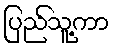
ပြည်သူ့ကာ